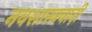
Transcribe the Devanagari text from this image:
नवशास्त्रवादी